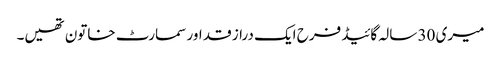
میری 30 سالہ گائیڈ فرح ایک دراز قد اور سمارٹ خاتون تھیں۔